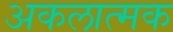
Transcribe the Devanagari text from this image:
अकलात्मक